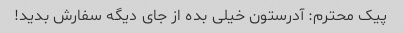
پیک محترم: آدرستون خیلی بده از جای دیگه سفارش بدید!